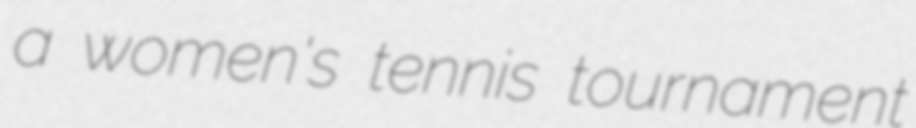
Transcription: a women's tennis tournament